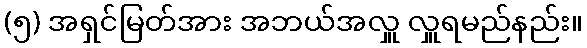
(၅) အရှင်မြတ်အား အဘယ်အလှူ လှူရမည်နည်း။